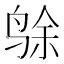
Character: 𱉸